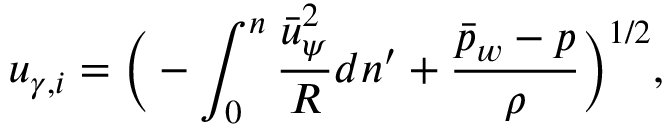
u _ { \gamma , i } = \Big ( - \int _ { 0 } ^ { n } \frac { \bar { u } _ { \psi } ^ { 2 } } { R } d n ^ { \prime } + \frac { \bar { p } _ { w } - p } { \rho } \Big ) ^ { 1 / 2 } ,